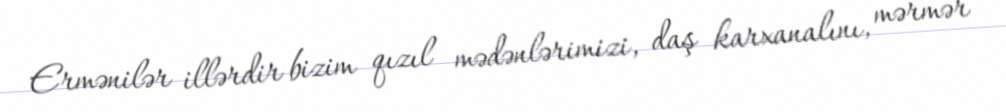
Ermənilər illərdir bizim qızıl mədənlərimizi, daş karxanalını, mərmər